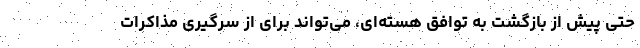
حتی پیش از بازگشت به توافق هسته‌ای، می‌تواند برای از سرگیری مذاکرات